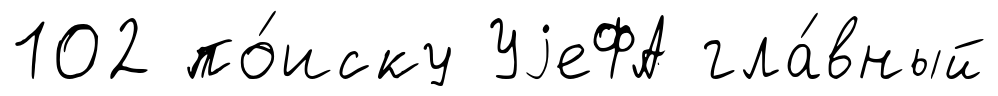
102 по́иску УjеФА гла́вный